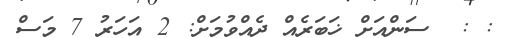
: :  ސަންއަށް ޚަބަރެއް ދެއްވުމަށް: 2 އަހަރު 7 މަސް